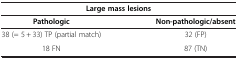
<table><thead><tr><td colspan="2"><b>Large mass lesions</b></td></tr><tr><td><b>Pathologic</b></td><td><b>Non-pathologic/absent</b></td></tr></thead><tbody><tr><td>38 (= 5 + 33) TP (partial match)</td><td>32 (FP)</td></tr><tr><td>18 FN</td><td>87 (TN)</td></tr></tbody></table>